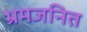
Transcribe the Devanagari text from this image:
भ्रमजनित